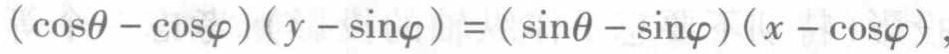
\((\cos\theta - \cos\varphi)(y - \sin\varphi)=(\sin\theta - \sin\varphi)(x - \cos\varphi)\)